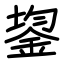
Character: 鋆